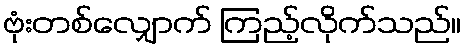
ဗုံးတစ်လျှောက် ကြည့်လိုက်သည်။